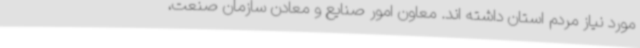
مورد نیاز مردم استان داشته اند. معاون امور صنایع و معادن سازمان صنعت،